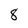
Character: 8